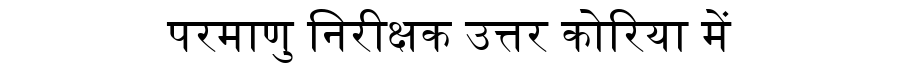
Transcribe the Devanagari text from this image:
परमाणु निरीक्षक उत्तर कोरिया में